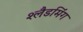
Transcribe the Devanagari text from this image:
श्लैडमिंग